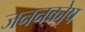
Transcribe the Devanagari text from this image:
जननकोष